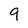
Character: 9